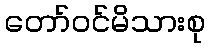
တော်ဝင်မိသားစု